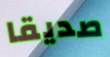
صديقا